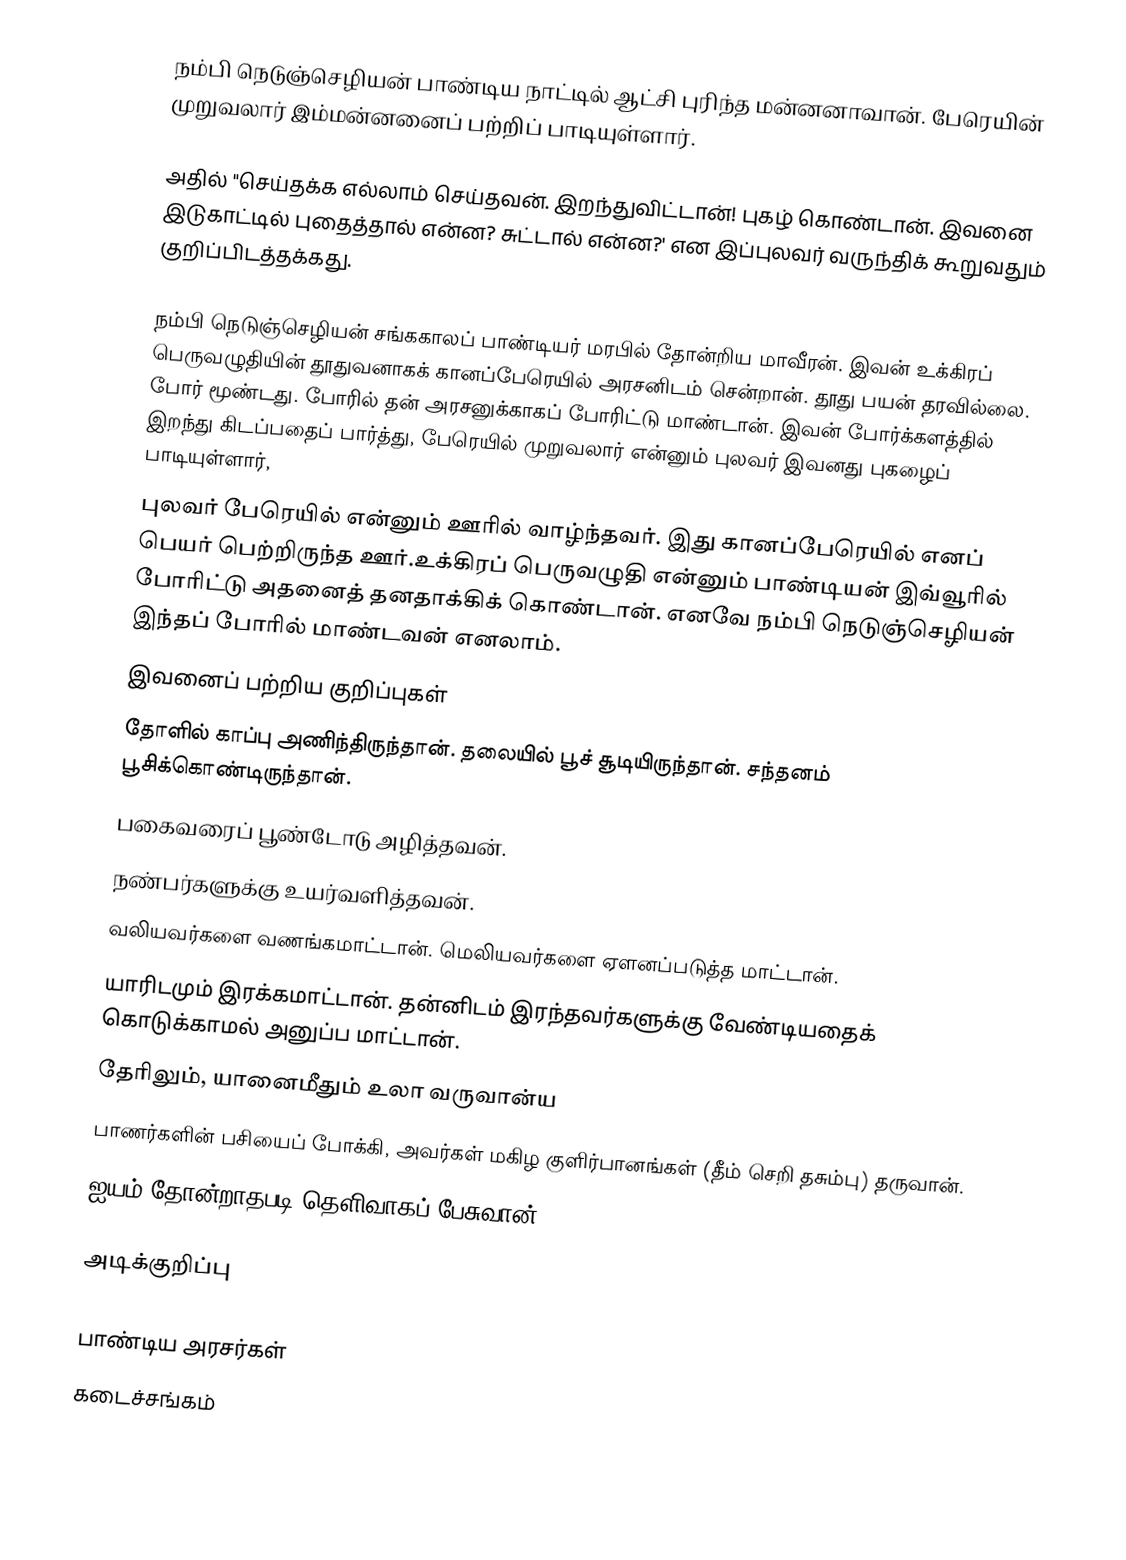
நம்பி நெடுஞ்செழியன் பாண்டிய நாட்டில் ஆட்சி புரிந்த மன்னனாவான். பேரெயின் முறுவலார் இம்மன்னனைப் பற்றிப் பாடியுள்ளார்.

அதில் "செய்தக்க எல்லாம் செய்தவன். இறந்துவிட்டான்! புகழ் கொண்டான். இவனை இடுகாட்டில் புதைத்தால் என்ன? சுட்டால் என்ன?' என இப்புலவர் வருந்திக் கூறுவதும் குறிப்பிடத்தக்கது.

நம்பி நெடுஞ்செழியன் சங்ககாலப் பாண்டியர் மரபில் தோன்றிய மாவீரன். இவன் உக்கிரப் பெருவழுதியின் தூதுவனாகக் கானப்பேரெயில் அரசனிடம் சென்றான். தூது பயன் தரவில்லை. போர் மூண்டது. போரில் தன் அரசனுக்காகப் போரிட்டு மாண்டான். இவன் போர்க்களத்தில் இறந்து கிடப்பதைப் பார்த்து, பேரெயில் முறுவலார் என்னும் புலவர் இவனது புகழைப் பாடியுள்ளார்,
புலவர் பேரெயில் என்னும் ஊரில் வாழ்ந்தவர். இது கானப்பேரெயில் எனப் பெயர் பெற்றிருந்த ஊர்.உக்கிரப் பெருவழுதி என்னும் பாண்டியன் இவ்வூரில் போரிட்டு அதனைத் தனதாக்கிக் கொண்டான். எனவே நம்பி நெடுஞ்செழியன் இந்தப் போரில் மாண்டவன் எனலாம்.
இவனைப் பற்றிய குறிப்புகள்
தோளில் காப்பு அணிந்திருந்தான். தலையில் பூச் சூடியிருந்தான். சந்தனம் பூசிக்கொண்டிருந்தான்.
பகைவரைப் பூண்டோடு அழித்தவன்.
நண்பர்களுக்கு உயர்வளித்தவன்.
வலியவர்களை வணங்கமாட்டான். மெலியவர்களை ஏளனப்படுத்த மாட்டான்.
யாரிடமும் இரக்கமாட்டான். தன்னிடம் இரந்தவர்களுக்கு வேண்டியதைக் கொடுக்காமல் அனுப்ப மாட்டான்.
தேரிலும், யானைமீதும் உலா வருவான்ய
பாணர்களின் பசியைப் போக்கி, அவர்கள் மகிழ குளிர்பானங்கள் (தீம் செறி தசும்பு) தருவான்.
ஐயம் தோன்றாதபடி தெளிவாகப் பேசுவான்.

அடிக்குறிப்பு

பாண்டிய அரசர்கள்
கடைச்சங்கம்